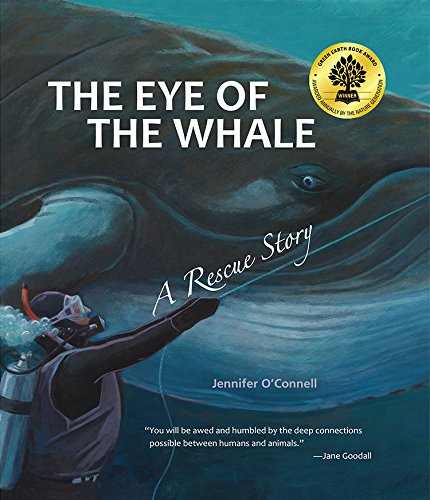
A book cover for The Eye of the Whale, A Rescue Story; Jennifer O'Connell; Children's Books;